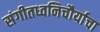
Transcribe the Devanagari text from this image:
संगीतध्वनिचौर्याचा